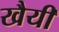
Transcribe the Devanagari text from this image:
खैयी